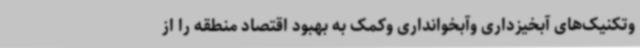
وتکنیک‌های آبخیزداری وآبخوانداری وکمک به بهبود اقتصاد منطقه را از